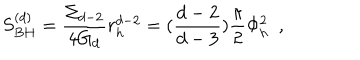
S _ { B H } ^ { ( d ) } = { \frac { \Sigma _ { d - 2 } } { 4 G _ { d } } } r _ { h } ^ { d - 2 } = ( { \frac { d - 2 } { d - 3 } } ) { \frac { \pi } { 2 } } \Phi _ { h } ^ { 2 } ~ ~ ,